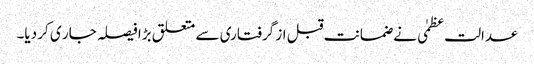
عدالت عظمٰی نے ضمانت قبل از گرفتاری سے متعلق بڑا فیصلہ جار ی کر دیا۔